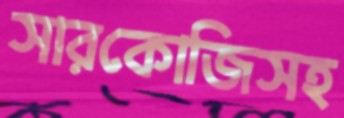
সারকোজিসহ